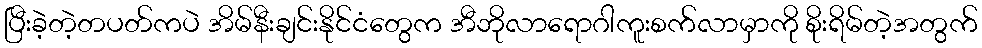
ပြီးခဲ့တဲ့တပတ်ကပဲ အိမ်နီးချင်းနိုင်ငံတွေက အီဘိုလာရောဂါကူးစက်လာမှာကို စိုးရိမ်တဲ့အတွက်